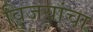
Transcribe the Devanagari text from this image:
विजयांचा